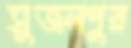
সুজলপুর